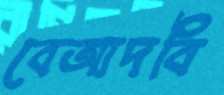
বেআদবি